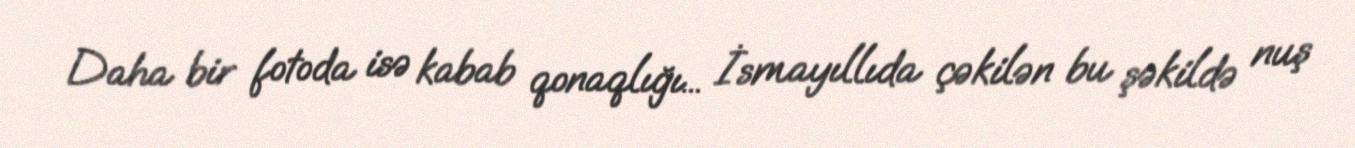
Daha bir fotoda isə kabab qonaqlığı... İsmayıllıda çəkilən bu şəkildə nuş